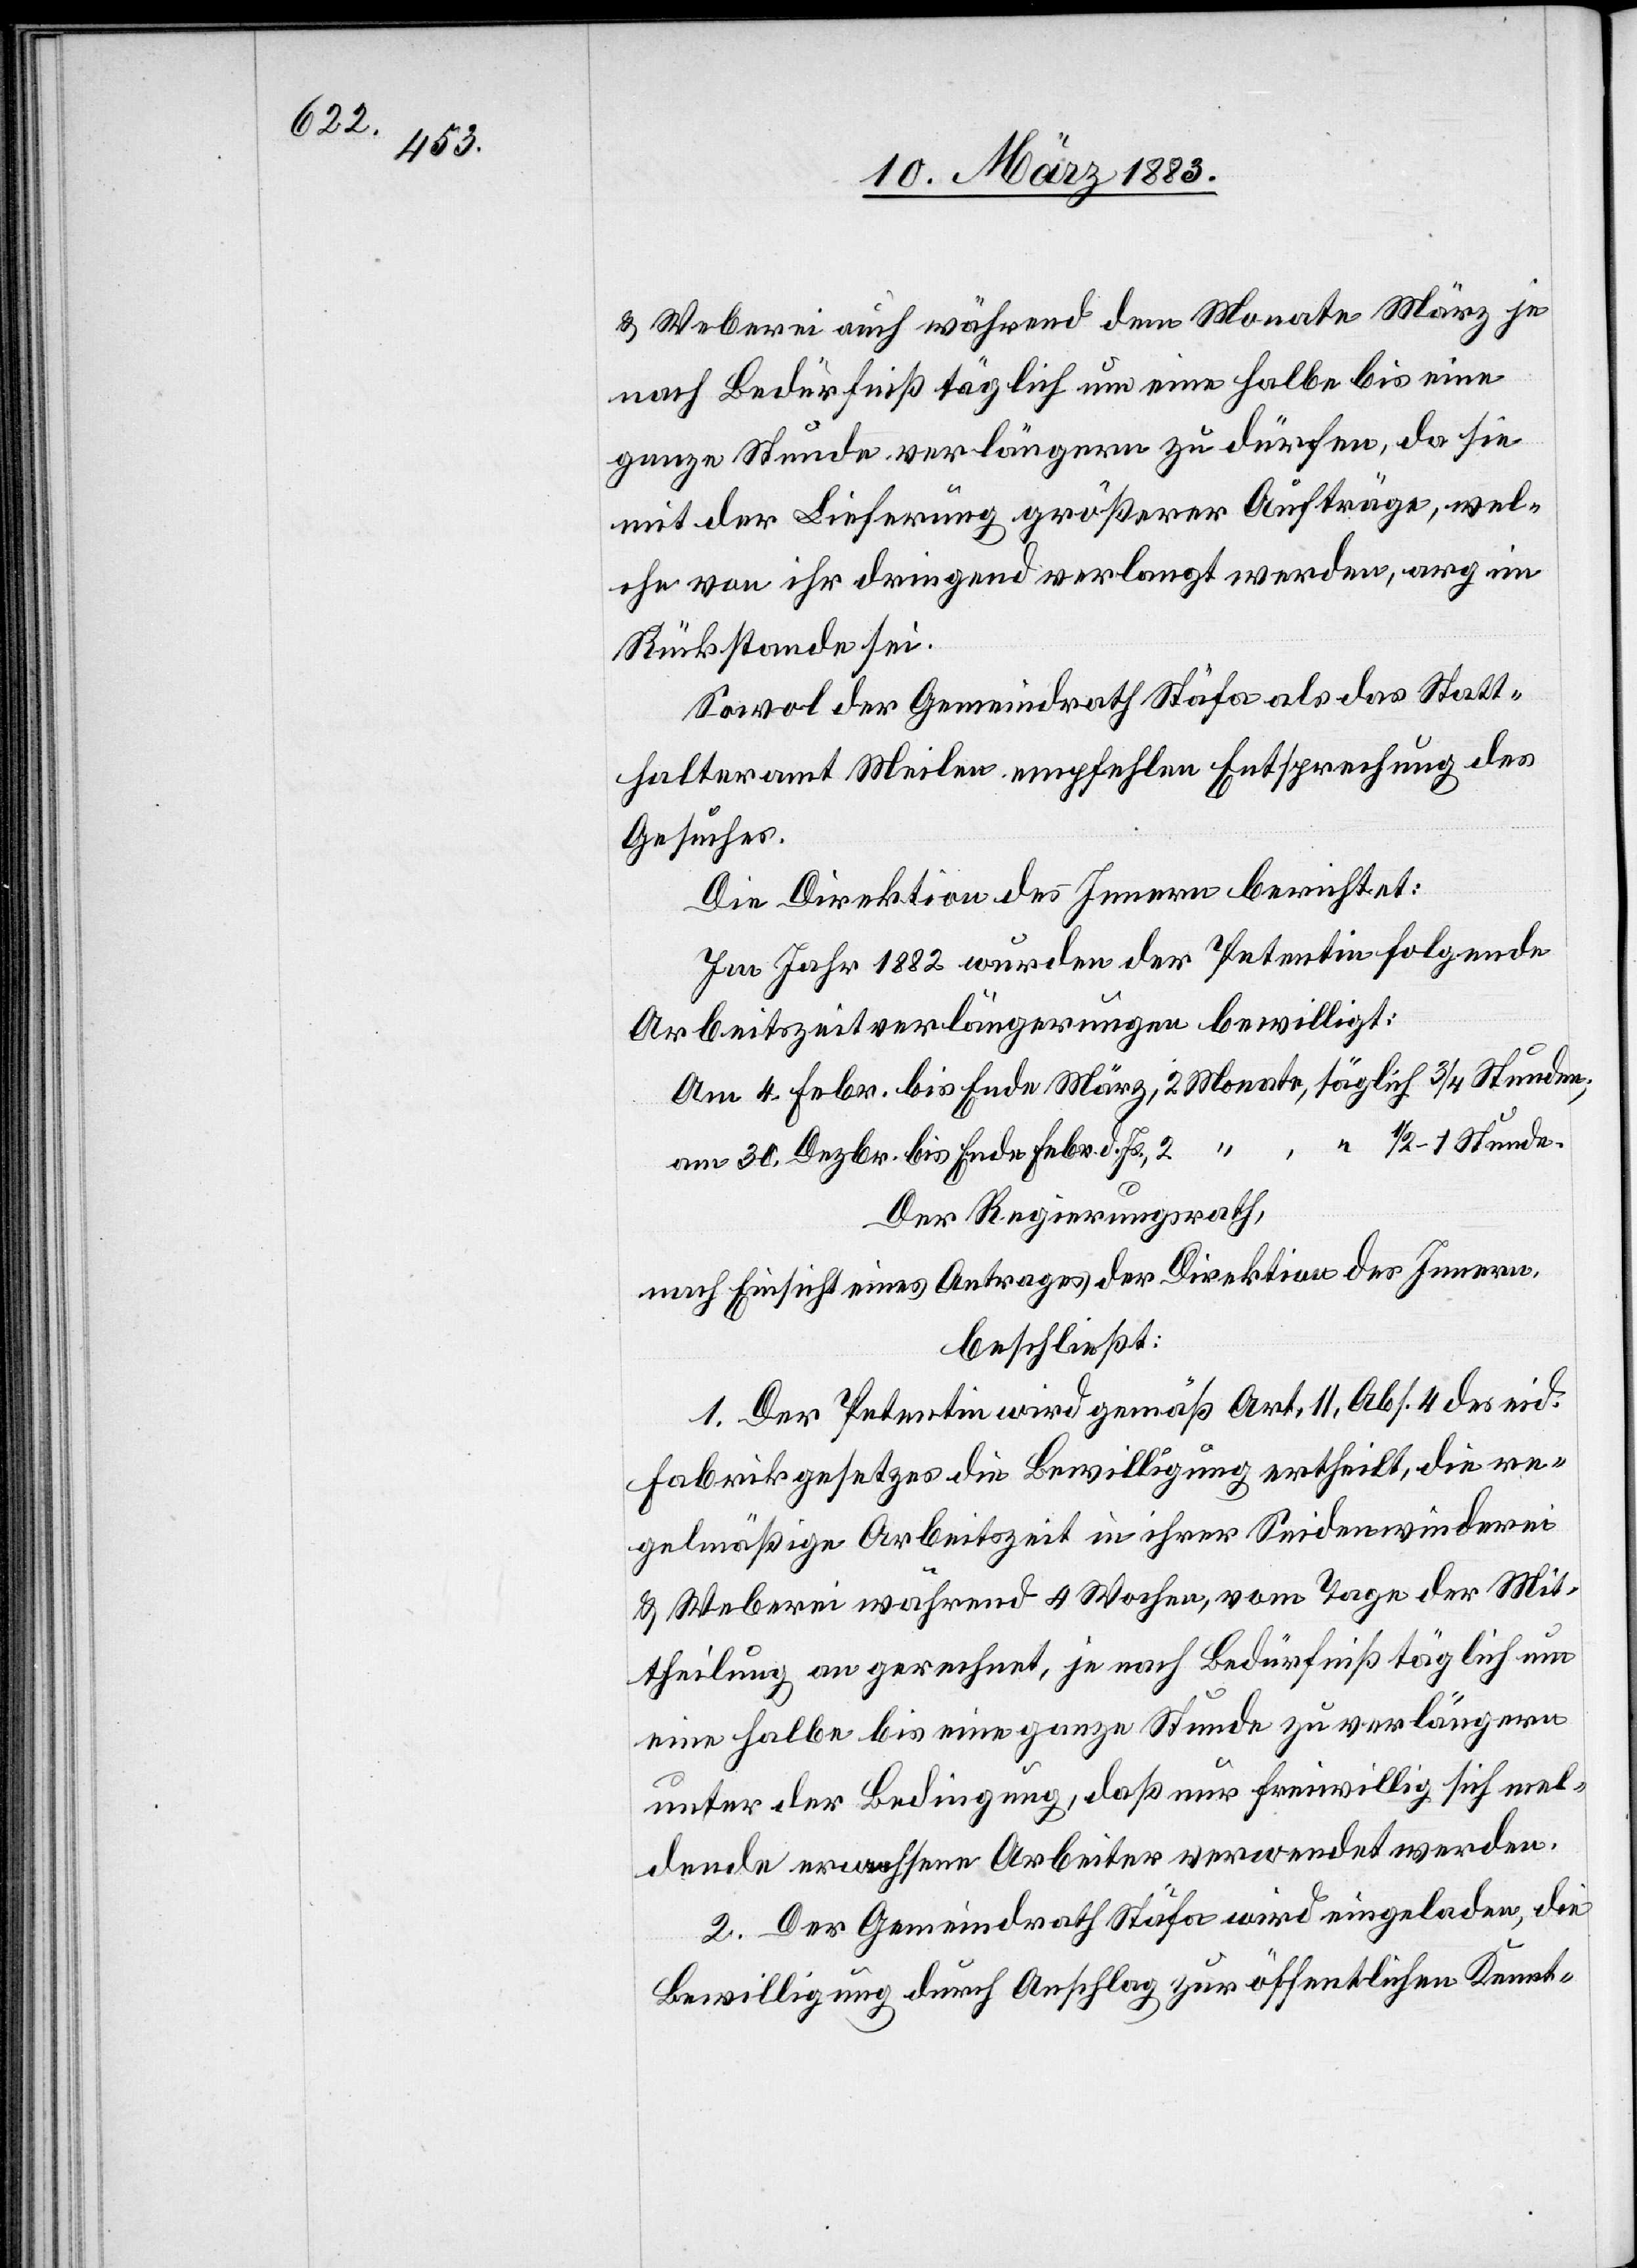
§ 32,

23.

Gesuch zur
Der Regierungsrath,
nach Einsicht eines Antrages der Direktion des Innern,
beschließt: